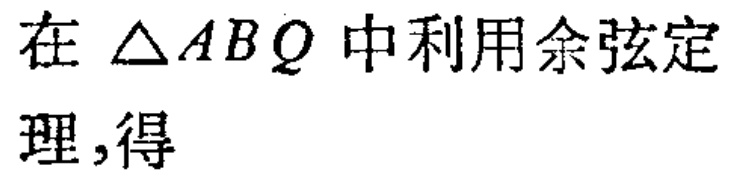
在 $\triangle ABQ$ 中利用余弦定理,得